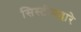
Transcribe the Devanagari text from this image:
सिस्टीमद्वारे